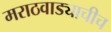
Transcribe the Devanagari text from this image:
मराठवाड्याचीच